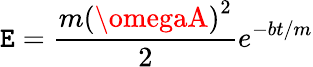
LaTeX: \mathtt{E}={\frac{{m\left(\omegaA\right)^{2}}}{{2}}}e^{-bt/m}